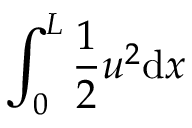
\int _ { 0 } ^ { L } \frac { 1 } { 2 } u ^ { 2 } \mathrm { d } x